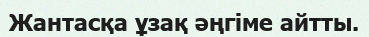
Жантасқа ұзақ әңгіме айтты.